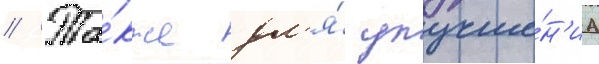
// Та́кже дл'я́ улучше́н'иа